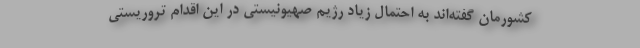
کشورمان گفته‌اند به احتمال زیاد رژیم صهیونیستی در این اقدام تروریستی